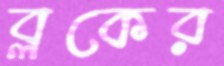
ব্লকের